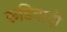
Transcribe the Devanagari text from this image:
रूडिवादी